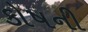
કોષની